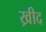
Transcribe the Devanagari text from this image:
ख्रीद